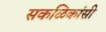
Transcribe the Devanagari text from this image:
सकळिकांसी